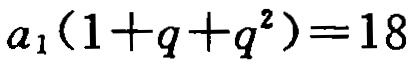
\(a_{1}(1 + q + q^{2}) = 18\)